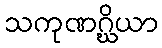
သကုဏဂ္ဃိယာ